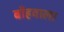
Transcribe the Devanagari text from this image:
बाँहवाला